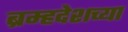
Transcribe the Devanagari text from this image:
ब्रम्हदेशच्या